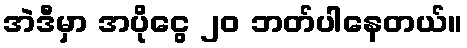
အဲဒီမှာ အပိုငွေ ၂၀ ဘတ်ပါနေတယ်။